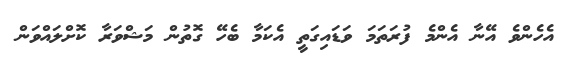
އެހެންވެ އޭނާ އެންމެ ފުރަތަމަ ވަޑައިގަތީ އެކަމާ ބެހޭ ގޮތުން މަޝްވަރާ ކޮށްލައްވަން